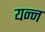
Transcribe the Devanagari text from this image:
यन्न